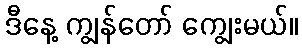
ဒီနေ့ ကျွန်တော် ကျွေးမယ်။